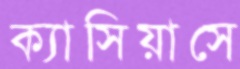
ক্যাসিয়াসে